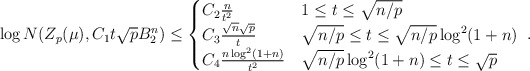
\begin{align*}\log N(Z_p(\mu),C_1 t \sqrt{p} B_2^n) \leq \begin{cases} C_2 \frac{n}{t^2} & 1 \leq t \leq \sqrt{n/p} \\ C_3 \frac{\sqrt{n} \sqrt{p}}{t} & \sqrt{n/p} \leq t \leq \sqrt{n/p} \log^2 (1+n) \\C_4 \frac{n \log^2(1+n)}{t^2} & \sqrt{n/p} \log^2(1+n) \leq t \leq \sqrt{p} \end{cases} ~.\end{align*}